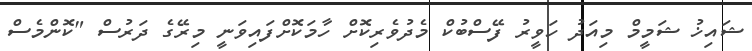
ޝައިޚު ޝަމީމް މިއަދު ހަވީރު ފޭސްބުކް މެދުވެރިކޮށް ހާމަކޮށްފައިވަނީ މިރޭގެ ދަރުސް "ކޮންމެސް